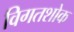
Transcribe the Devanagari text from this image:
विगतशोक